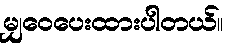
မျှဝေပေးထားပါတယ်။